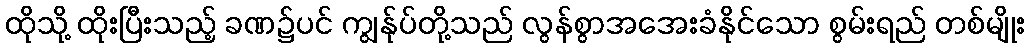
ထိုသို့ ထိုးပြီးသည့် ခဏ၌ပင် ကျွန်ုပ်တို့သည် လွန်စွာအအေးခံနိုင်သော စွမ်းရည် တစ်မျိုး